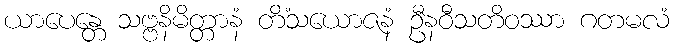
ယာပေန္တေ သဗ္ဗနိမိတ္တာနံ တိံသယောဇနံ ဦနဝီသတိဝဿာ ဂတမလံ